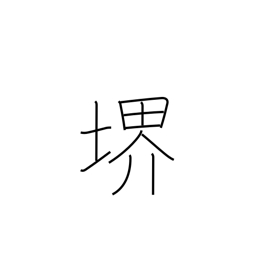
Meaning: world